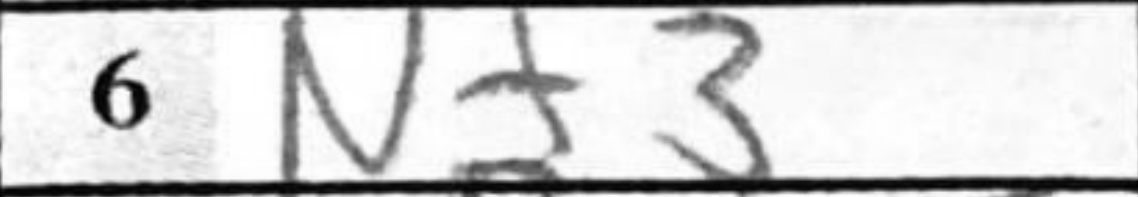
Transcription: Nf3